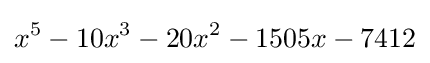
x^{5}-10x^{3}-20x^{2}-1505x-7412